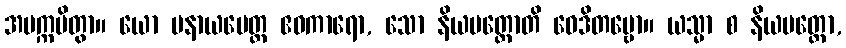
အပက္ကမိတွာ။ ယော ပနာယမေတ္ထ ဧဝကာရော, သော နိယမတ္ထောတိ ဝေဒိတဗ္ဗော။ ယသ္မာ စ နိယမတ္ထော,